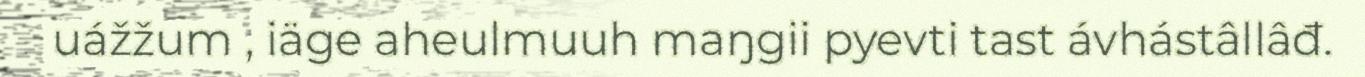
uážžum , iäge aheulmuuh maŋgii pyevti tast ávhástâllâđ.